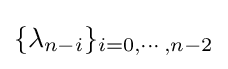
\{\lambda _{n-i}\}_{i=0,\cdots ,n-2}